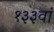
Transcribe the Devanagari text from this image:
१३३वां